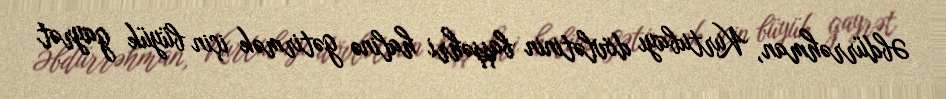
Əbdürrəhman, Kurtubayı dövlətinin başşəhri halinə gətirmək için büyük gayrət